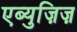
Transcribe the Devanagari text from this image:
एब्युज़िज़